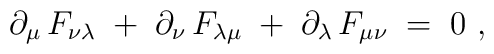
\partial_\mu\,F_{\nu\lambda}\;+\;\partial_\nu\,F_{\lambda\mu}\;+\;\partial_\lambda\,F_{\mu\nu} \;=\; 0~,